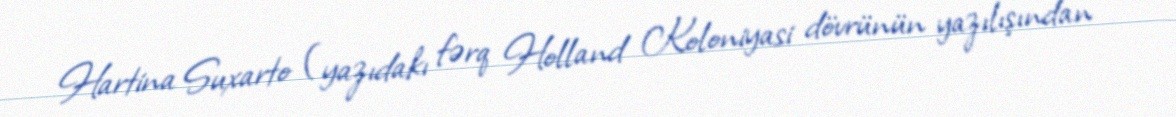
Hartina Suxarto (yazıdakı fərq Holland Koloniyasi dövrünün yazılışından